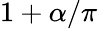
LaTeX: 1+\alpha/\pi